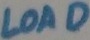
Text: LOAD